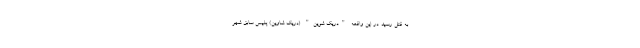
به قتل رسید. در این واقعه "دریک شوین" (دریک شاوین) پلیس سابق شهر